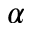
\alpha